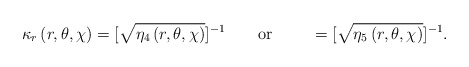
\begin{align*}\kappa _{r}\left( r,\theta ,\chi \right) =[\sqrt{\eta _{4}\left( r,\theta,\chi \right) }]^{-1} \qquad \mbox{or } \qquad=[\sqrt{\eta _{5}\left( r,\theta,\chi \right) }]^{-1}. \end{align*}